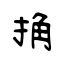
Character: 捔